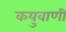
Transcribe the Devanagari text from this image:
कयुवाणी